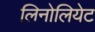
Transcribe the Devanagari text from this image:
लिनोलियेट